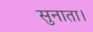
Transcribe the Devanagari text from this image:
सुनाता।